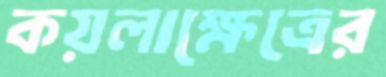
কয়লাক্ষেত্রের